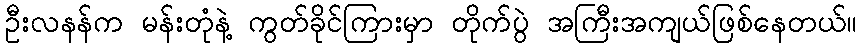
ဦးလနန်က မန်းတုံနဲ့ ကွတ်ခိုင်ကြားမှာ တိုက်ပွဲ အကြီးအကျယ်ဖြစ်နေတယ်။